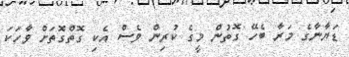
ޑަޔާނާގެ މަރާ ބެހޭ ގޮތުން މީގެ ކުރިން ވެސް އެކި ގޮތްގޮތަށް ވާހަކަ